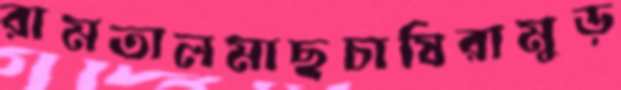
রামতালমাছচাষিরামুড়